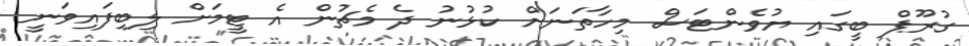
ގުރޫޕް ބީގައި ޔުވެންޓަސް މިހާތަނަށް ކުޅުނު ދެ މެޗުން އެ ޓީމަށް ލިބިފައިވަނީ